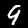
Digit: 9